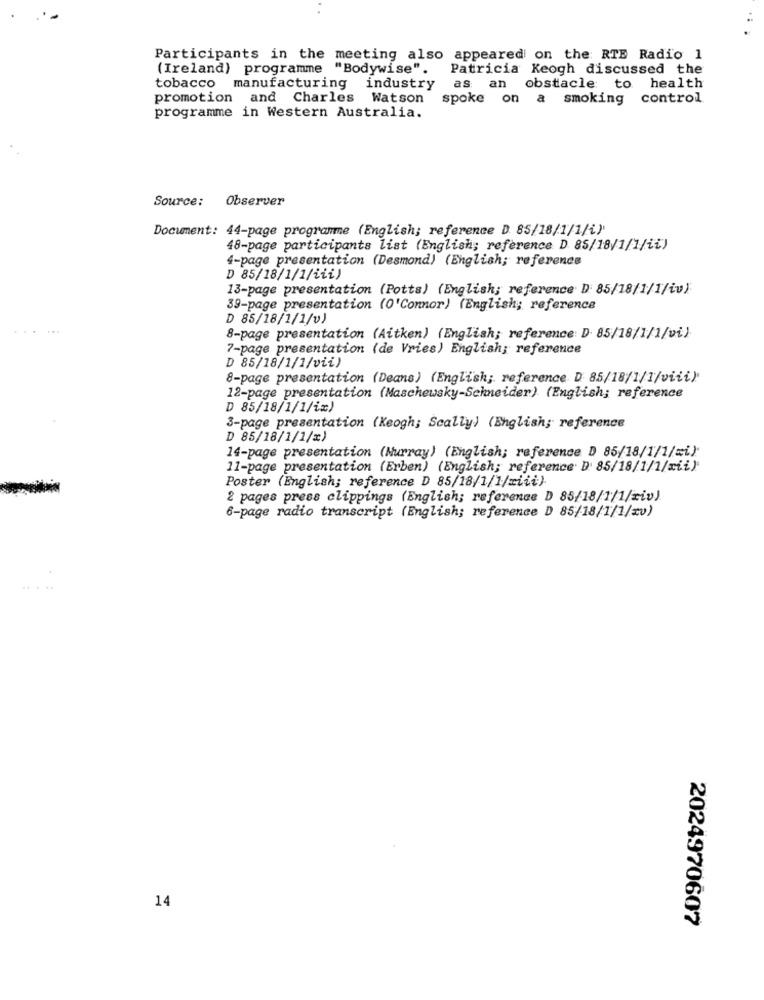
Participants in the meeting also appeared on the RTE Radio 1
(Ireland) programme "Bodywise".
Patricia Keogh discussed the
tobacco
manufacturing industry
as an obstacle: to
health
promotion and Charles Watson
spoke on a smoking
control
programme in Western Australia.
Source:
Observer
Document: 44-page programme (English; reference D. 85/18/1/1/i)
48-page participants list (English; reference D. 85/18/1/1/ii)
4-page presentation (Desmond) (English; reference
D 85/18/1/1/iii)
13-page presentation (Potts) (English; reference D 85/18/1/1/iv)
39-page presentation (0'Connor) (English; reference
D 85/18/1/1/v)
8-page presentation (Aitken) (English; reference D. 85/18/1/1/vi)
7-page presentation (de Vries) English; reference
D 85/18/1/1/vii)
8-page presentation (Deans) (English; reference D 85/18/1/1/viii)
12-page presentation (Maschewsky-Schneider) (English; reference
D 85/18/1/1/ix)
3-page presentation (Keogh; Scally) (English; reference
D 85/18/1/1/x)
14-page presentation (Murray) (English; reference D 85/18/1/1/=i)
11-page presentation (Erben) (English; reference D 85/18/1/1/rii)
Poster (English; reference D 85/18/1/1/xiii)
2 pages press clippings (English; reference D 85/18/1/1/xiv).
6-page radio transcript (English; reference D 85/18/1/1/20)
.....
14
2024970607